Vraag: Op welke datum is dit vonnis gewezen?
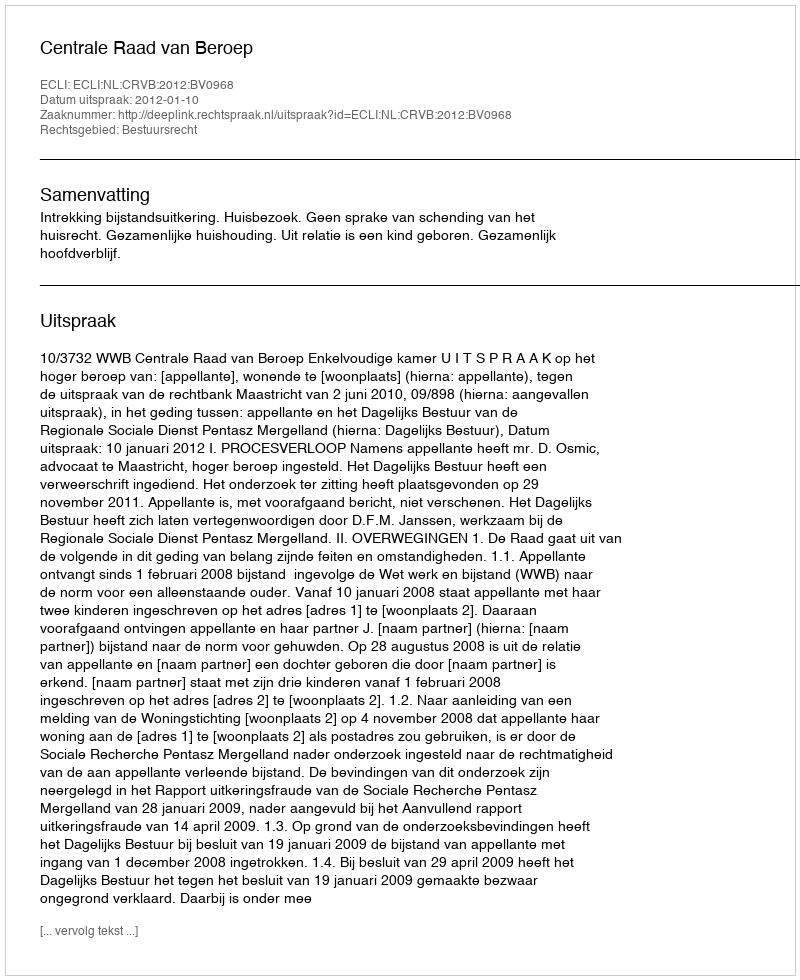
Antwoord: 2012-01-10